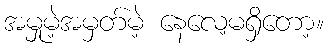
အမှုမဲ့အမှတ်မဲ့ နေလေ့မရှိတော့။